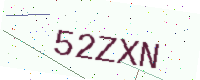
Text: 52ZXN